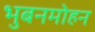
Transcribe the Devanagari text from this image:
भुबनमोहन